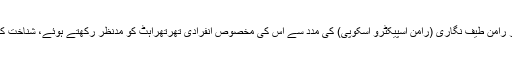
یہ کسی بھی وائرس کو سب سے پہلے اس کی جسامت کی بنیاد پر شناخت کرتا ہے اور پھر رامن طیف نگاری (رامن اسپیکٹرو اسکوپی) کی مدد سے اس کی مخصوص انفرادی تھرتھراہٹ کو مدنظر رکھتے ہوئے، شناخت کا عمل حتمی طور پر مکمل کرتا ہے جس میں مجموعی طور پر صرف چند منٹ لگتے ہیں۔